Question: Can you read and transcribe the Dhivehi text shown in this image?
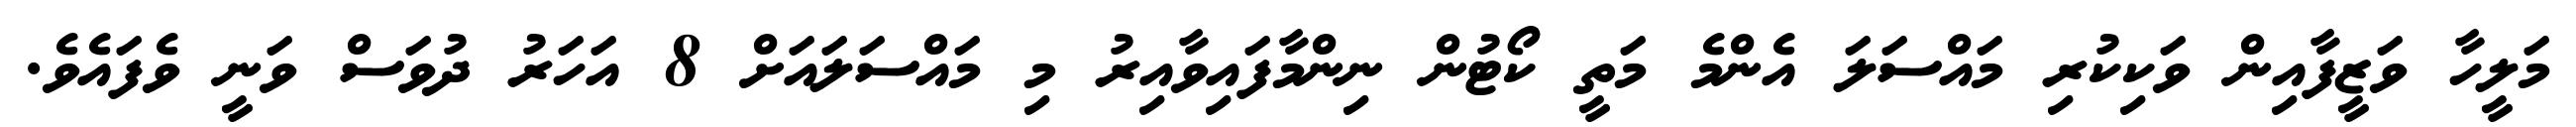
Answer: މަލީހާ ވަޒީފާއިން ވަކިކުރި މައްސަލަ އެންމެ މަތީ ކޯޓުން ނިންމާފައިވާއިރު މި މައްސަލައަށް 8 އަހަރު ދުވަސް ވަނީ ވެފައެވެ.